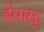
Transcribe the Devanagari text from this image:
ईयासु